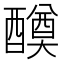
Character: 𨣆